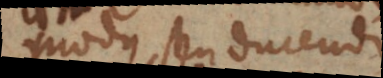
modus, seu ducendi